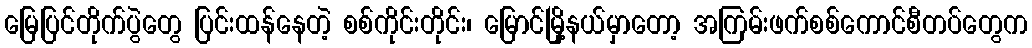
မြေပြင်တိုက်ပွဲတွေ ပြင်းထန်နေတဲ့ စစ်ကိုင်းတိုင်း၊ မြောင်မြို့နယ်မှာတော့ အကြမ်းဖက်စစ်ကောင်စီတပ်တွေက